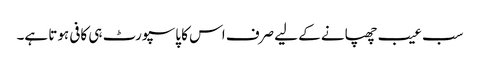
سب عیب چھپانے کے لیے صرف اس کا پاسپورٹ ہی کافی ہوتا ہے۔